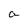
Character: a